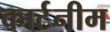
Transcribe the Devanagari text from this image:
कार्टनीम